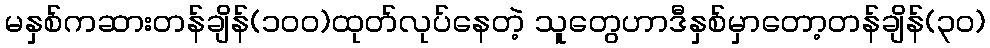
မနှစ်ကဆားတန်ချိန်(၁၀၀)ထုတ်လုပ်နေတဲ့ သူတွေဟာဒီနှစ်မှာတော့တန်ချိန်(၃၀)